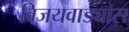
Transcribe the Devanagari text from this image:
विजयवाड्यास